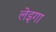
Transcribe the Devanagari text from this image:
लेइगा